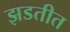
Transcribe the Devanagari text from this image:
झडतीत